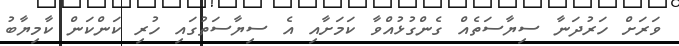
ވަަރަށް ހަރުދަނާ ސިޔާސަތެއް ގެންގުޅުއްވާ ކަމަށާއި އެ ސިޔާސަތުގައި ހުރި ކަންކަން ކާމިޔާބު